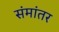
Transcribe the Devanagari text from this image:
संमांतर